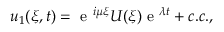
u _ { 1 } ( \xi , t ) = \mathrm { ~ e ~ } ^ { i \mu \xi } U ( \xi ) \mathrm { ~ e ~ } ^ { \lambda t } + c . c . ,